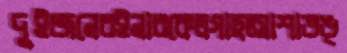
দুইজনেরইনারকেলগাছআশাভঙ্